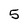
Character: 5